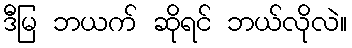
ဒီမြ ဘယက် ဆိုရင် ဘယ်လိုလဲ။